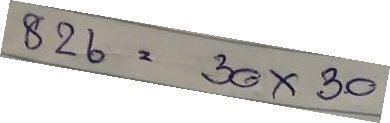
826 = 30x30